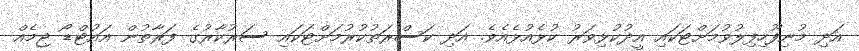
އަދި މުނިފޫހިފިލުވުމަށްޓަކައި އީދުކުޅިވަރު ކުޅެއުޅެއެވެ. އަދި ކަސްރަތުކުރުމަށްޓަކައި ސަރުކާރުގެ ފަރާތުން އައުޓްޑޯ ޖިމެއް